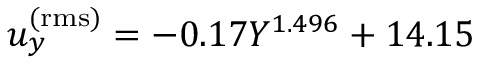
u _ { y } ^ { \mathrm { ( r m s ) } } = - 0 . 1 7 Y ^ { 1 . 4 9 6 } + 1 4 . 1 5